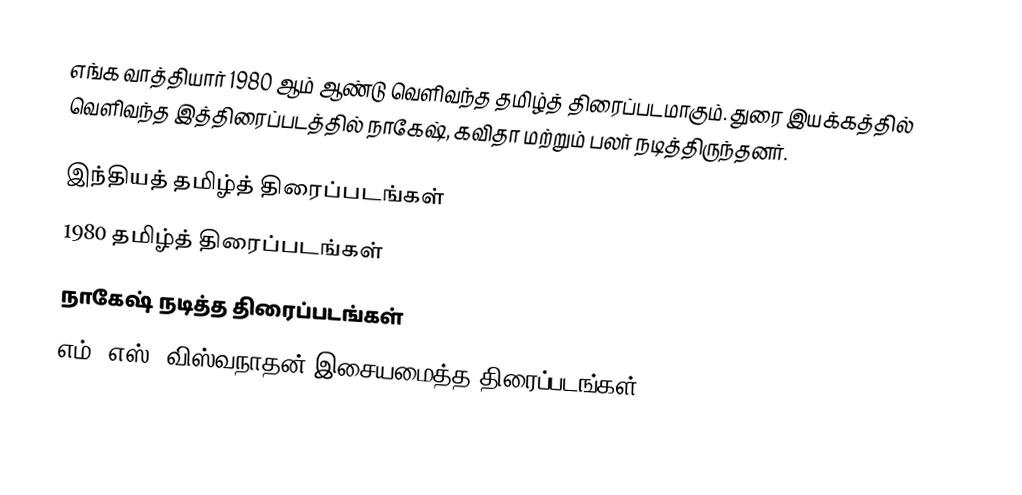
எங்க வாத்தியார் 1980 ஆம் ஆண்டு வெளிவந்த தமிழ்த் திரைப்படமாகும். துரை இயக்கத்தில் வெளிவந்த இத்திரைப்படத்தில் நாகேஷ், கவிதா மற்றும் பலர் நடித்திருந்தனர்.

இந்தியத் தமிழ்த் திரைப்படங்கள்
1980 தமிழ்த் திரைப்படங்கள்
நாகேஷ் நடித்த திரைப்படங்கள்
எம். எஸ். விஸ்வநாதன் இசையமைத்த திரைப்படங்கள்